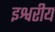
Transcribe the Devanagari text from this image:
इश्वरीय